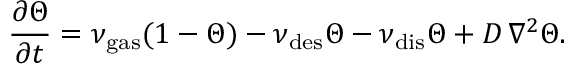
\frac { \partial \Theta } { \partial t } = \nu _ { \mathrm { g a s } } ( 1 - \Theta ) - \nu _ { \mathrm { d e s } } \Theta - \nu _ { \mathrm { d i s } } \Theta + D \, \nabla ^ { 2 } \Theta .